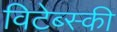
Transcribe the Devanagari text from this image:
विटेब्स्की